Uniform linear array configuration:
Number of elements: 12
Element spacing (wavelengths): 1
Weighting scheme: hamming
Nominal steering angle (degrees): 45
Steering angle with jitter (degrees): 46.684
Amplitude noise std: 0.05
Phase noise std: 0.05

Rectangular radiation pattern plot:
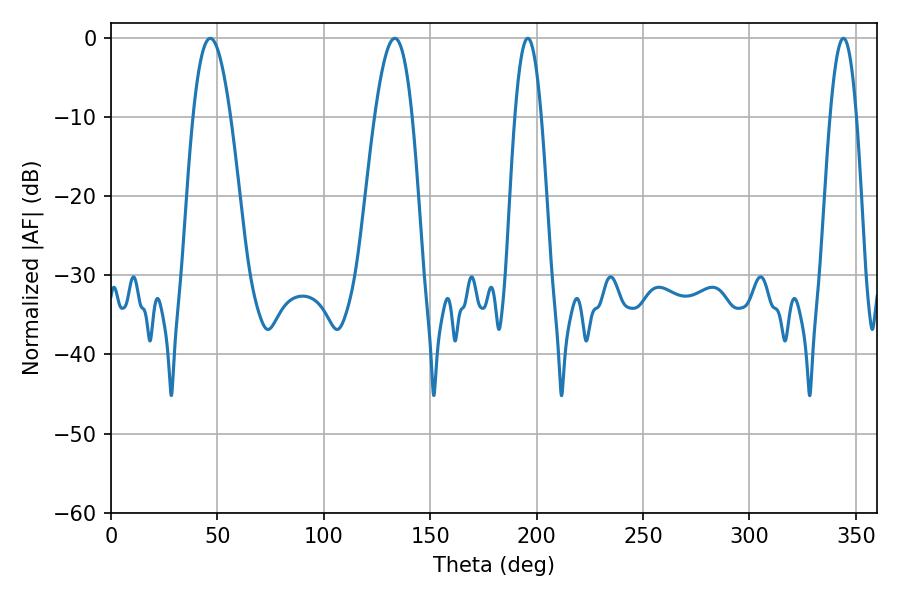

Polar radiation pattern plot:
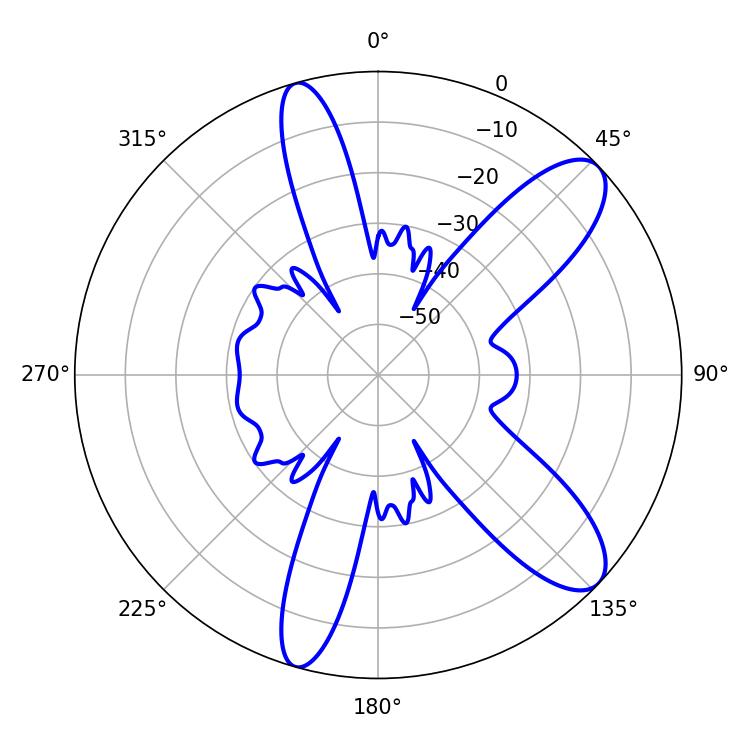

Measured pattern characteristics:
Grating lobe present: TRUE
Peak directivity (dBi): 10.118
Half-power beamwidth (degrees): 6.84
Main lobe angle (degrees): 195.84